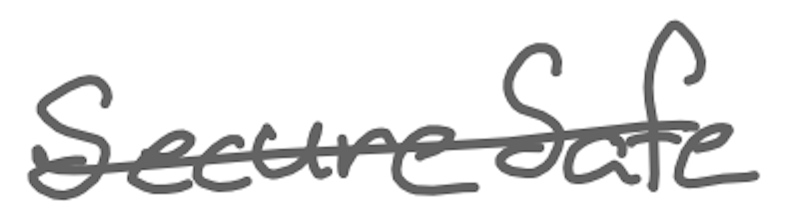
Text: SecureSafe
Cross-out: single-line
Writing tool: digital_gray